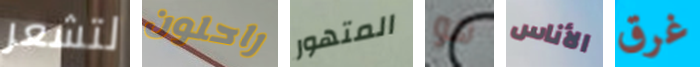
لتشعر راحلون المتهور هو الأناس غرق